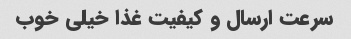
سرعت ارسال و کیفیت غذا خیلی خوب